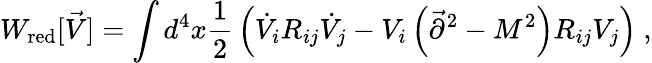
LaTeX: W_{\mathrm{red}}[\vec{V}]=\int d^{4}x{\frac{1}{2}}\left(\dot{V}_{i}R_{ij}\dot{V}_{j}-V_{i}\left(\vec{\partial}^{2}-M^{2}\right)R_{ij}V_{j}\right)~,